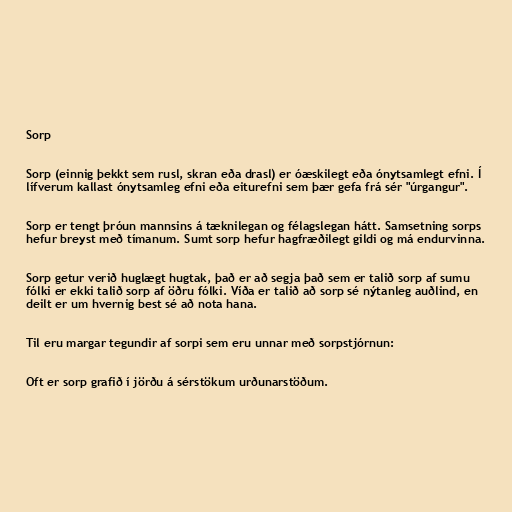
Sorp

Sorp (einnig þekkt sem rusl, skran eða drasl) er óæskilegt eða ónytsamlegt efni. Í
lífverum kallast ónytsamleg efni eða eiturefni sem þær gefa frá sér "úrgangur".

Sorp er tengt þróun mannsins á tæknilegan og félagslegan hátt. Samsetning sorps
hefur breyst með tímanum. Sumt sorp hefur hagfræðilegt gildi og má endurvinna.

Sorp getur verið huglægt hugtak, það er að segja það sem er talið sorp af sumu
fólki er ekki talið sorp af öðru fólki. Víða er talið að sorp sé nýtanleg auðlind, en
deilt er um hvernig best sé að nota hana.

Til eru margar tegundir af sorpi sem eru unnar með sorpstjórnun:

Oft er sorp grafið í jörðu á sérstökum urðunarstöðum.